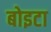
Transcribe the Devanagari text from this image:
बोइटा